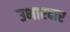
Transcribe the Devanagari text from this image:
उभारदार